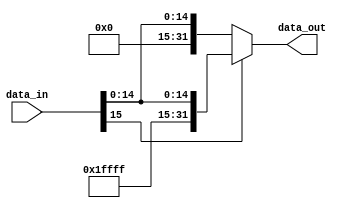
module SignExtend (
    input [15:0] data_in, 
    output [31:0] data_out
);
    assign data_out = data_in[15]? {{16{1'b1}}, data_in} : {{16{1'b0}}, data_in};
endmodule